Report of the Municipal Commissioner on the plague in Bombay for the year ending 31st May... - Volume 1
Disease focus: Plague
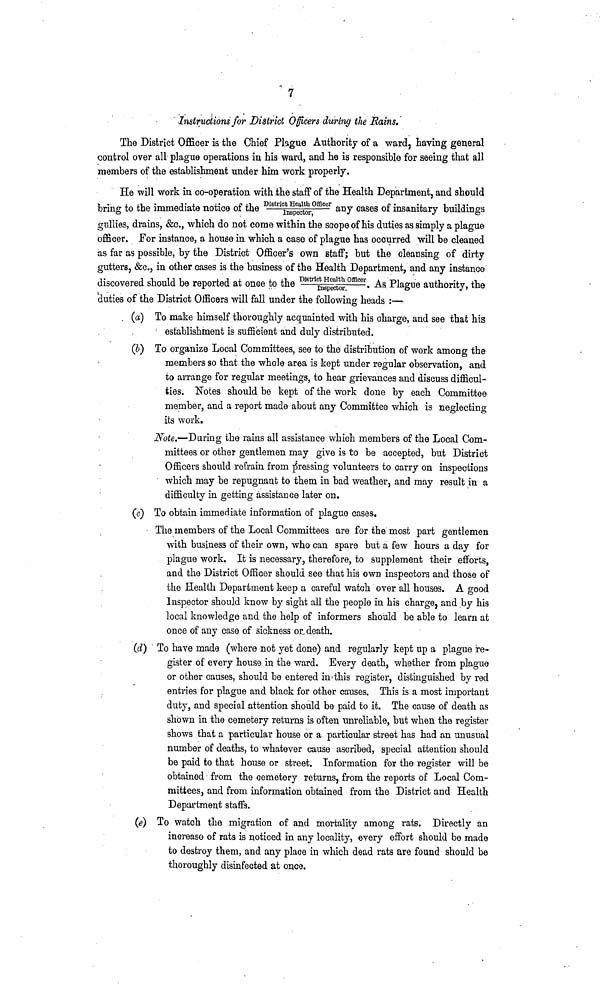
7
Instructions for District Officers during the Rains.
The District Officer is the Chief Ptogue Authority of a ward, having general
control over all plague operations in his ward, and he is responsible for seeing that all
members of the establishment under him work properly.
He will work in co-operation with .the staff of the Health Department, and should
bring to the immediate notice of the District Health Offi cer/ Inspect or any cases of insanitary buildings
gullies, drains, &c., which do not come within the scope of his duties as simply a plague
officer. For instance, a house in which a case of plague has occurred will be cleaned
as far as possible, by the District Officer's own staff; but the cleansing of dirty
gutters, &c., in other cases is the business of the Health Department, and any instance
discovered should be reported at once to the District Health Offi cer/ Inspect or. As Plague authority, the
duties of the District Officers will fall under the following heads :—
(a) To make himself thoroughly acquainted with his charge, and see thai his
establishment is sufficient and duly distributed.
(b) To organize Local Committees, see to the distribution of work among the
members so that the whole area is kept under regular observation, and
to arrange for regular meetings, to hear grievances and discuss difficul-
ties. Notes should be kept of the work done by each Committee
member, and a report made about any Committee which is neglecting
its work.
Note.—During the rains all assistance which members of the Local Com-
mittees or other gentlemen may give is to be accepted, but District
Officers should refrain from pressing volunteers to carry on inspections
which may be repugnant to them in bad weather, and may result in a
difficulty in getting assistance later on.
(c) To obtain immediate information of plague cases.
The members of the Local Committees are for the most part gentlemen
with business of their own, who can spare but a few hours a day for
plague work. It is necessary, therefore, to supplement their efforts,
and the District Officer should see that his own inspectors and those of
the Health Department keep a careful watch over all houses. A good
Inspector should know by sight all the people in his charge, and by his
local knowledge and the help of informers should be able to learn at
once of any case of sickness or death.
(d) To have made (where not yet done) and regularly kept up a plague re-
gister of every house in the ward. Every death, whether from plague
or other causes, should be entered in this register, distinguished by red
entries for plague and black for other causes. This is a most important
duty, and special attention should be paid to it. The cause of death as
shown in the cemetery returns is often unreliable, but when the register
shows that a particular house or a particular street has had an unusual
number of deaths, to whatever cause ascribed, special attention should
be paid to that house or street. Information for the register will be
obtained from the cemetery returns, from the reports of Local Com-
mittees, and from information obtained from the District and Health
Department staffs.
(e) To watch the migration of and mortality among rats. Directly an
increase of rats is noticed in any locality, every effort should be made
to destroy them, and any place in which dead rats are found should be
thoroughly disinfected at once.